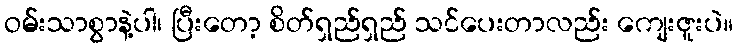
ဝမ်းသာစွာနဲ့ပါ၊ ပြီးတော့ စိတ်ရှည်ရှည် သင်ပေးတာလည်း ကျေးဇူးပဲ။